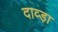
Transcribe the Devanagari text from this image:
दाव्ड़ा